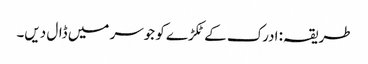
طریقہ: ادرک کے ٹکڑے کو جوسر میں ڈال دیں۔